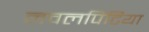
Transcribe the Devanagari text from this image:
नवलपिटिया